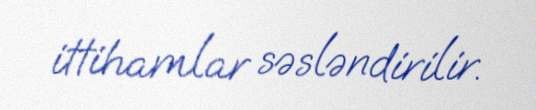
ittihamlar səsləndirilir.